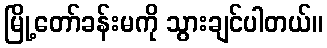
မြို့တော်ခန်းမကို သွားချင်ပါတယ်။